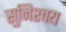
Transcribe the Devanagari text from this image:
सुनिश्चय